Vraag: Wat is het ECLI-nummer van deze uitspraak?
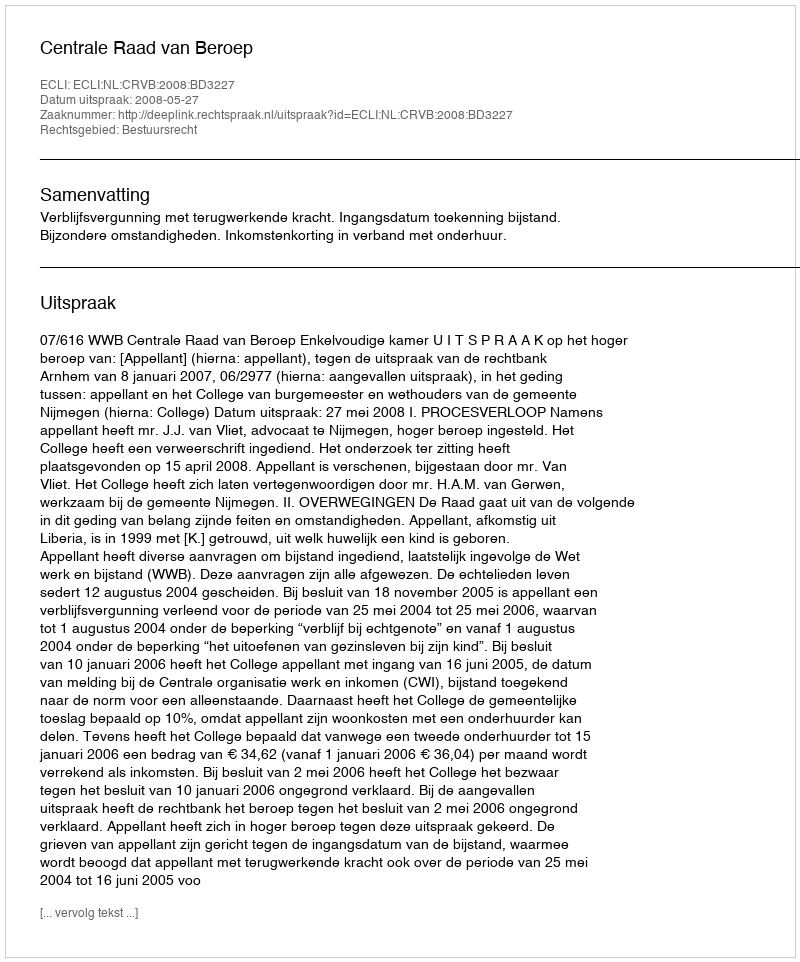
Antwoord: ECLI:NL:CRVB:2008:BD3227